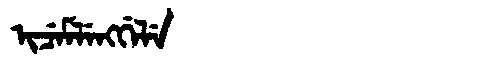
Manchu: ᡳᠴᡝᠮᠯᡝᠩᡤᡝᠯᡝ
Romanization: ICEMLENGGELE